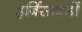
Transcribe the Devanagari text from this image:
हर्बिसाइडों